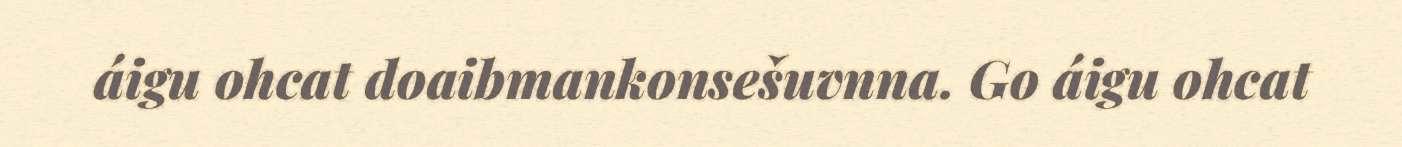
áigu ohcat doaibmankonsešuvnna. Go áigu ohcat